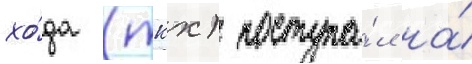
хо́да (ткх) поступа́л на́